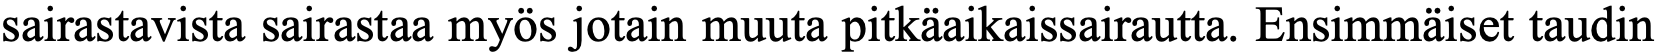
sairastavista sairastaa myös jotain muuta pitkäaikaissairautta. Ensimmäiset taudin